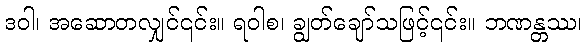
ဒဝါ၊ အဆောတလျှင်၎င်း။ ရဝါစ၊ ချွတ်ချော်သဖြင့်၎င်း။ ဘဏန္တဿ၊